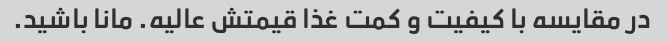
در مقایسه با کیفیت و کمت غذا قیمتش عالیه. مانا باشید.